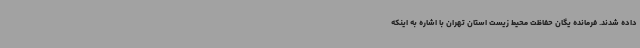
داده شدند. فرمانده یگان حفاظت محیط زیست استان تهران با اشاره به اینکه